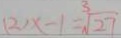
( 2 ) x - 1 = \sqrt [ 3 ] { 2 7 }